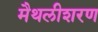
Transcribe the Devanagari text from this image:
मैथलीशरण